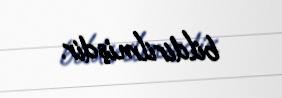
bildirilmişdir.